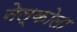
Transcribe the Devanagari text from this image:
नेल्कोला